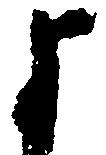
よ